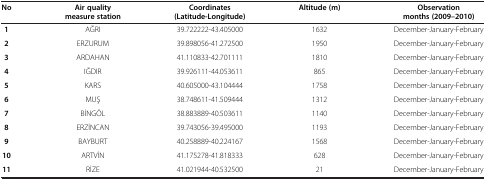
| No | Air quality measure station | Coordinates (Latitude-Longitude) | Altitude (m) | Observation months (2009–2010) |
 | --- | --- | --- | --- | --- |
 | 1 | AĞRI | 39.722222-43.405000 | 1632 | December-January-February |
 | 2 | ERZURUM | 39.898056-41.272500 | 1950 | December-January-February |
 | 3 | ARDAHAN | 41.110833-42.701111 | 1810 | December-January-February |
 | 4 | IĞDIR | 39.926111-44.053611 | 865 | December-January-February |
 | 5 | KARS | 40.605000-43.104444 | 1758 | December-January-February |
 | 6 | MUŞ | 38.748611-41.509444 | 1312 | December-January-February |
 | 7 | BİNGÖL | 38.883889-40.503611 | 1140 | December-January-February |
 | 8 | ERZİNCAN | 39.743056-39.495000 | 1193 | December-January-February |
 | 9 | BAYBURT | 40.258889-40.224167 | 1568 | December-January-February |
 | 10 | ARTVİN | 41.175278-41.818333 | 628 | December-January-February |
 | 11 | RİZE | 41.021944-40.532500 | 21 | December-January-February |